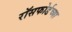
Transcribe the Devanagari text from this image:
रॉसफोर्डच्या